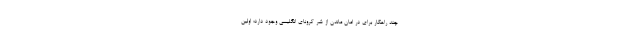
چند راهکار برای در امان ماندن از شر کرونای انگلیسی وجود دارد؛ اولین